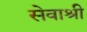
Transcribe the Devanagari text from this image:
सेवाश्री